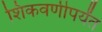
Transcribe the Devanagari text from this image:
शिकवणीपर्यंत